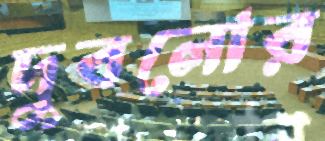
দুবলোর